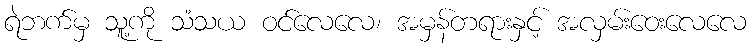
ရဲဘက်မှ သူ့ကို သံသယ ဝင်လေလေ၊ အမှန်တရားနှင့် အလှမ်းဝေးလေလေ